Kures,_Voldemar, lk 28
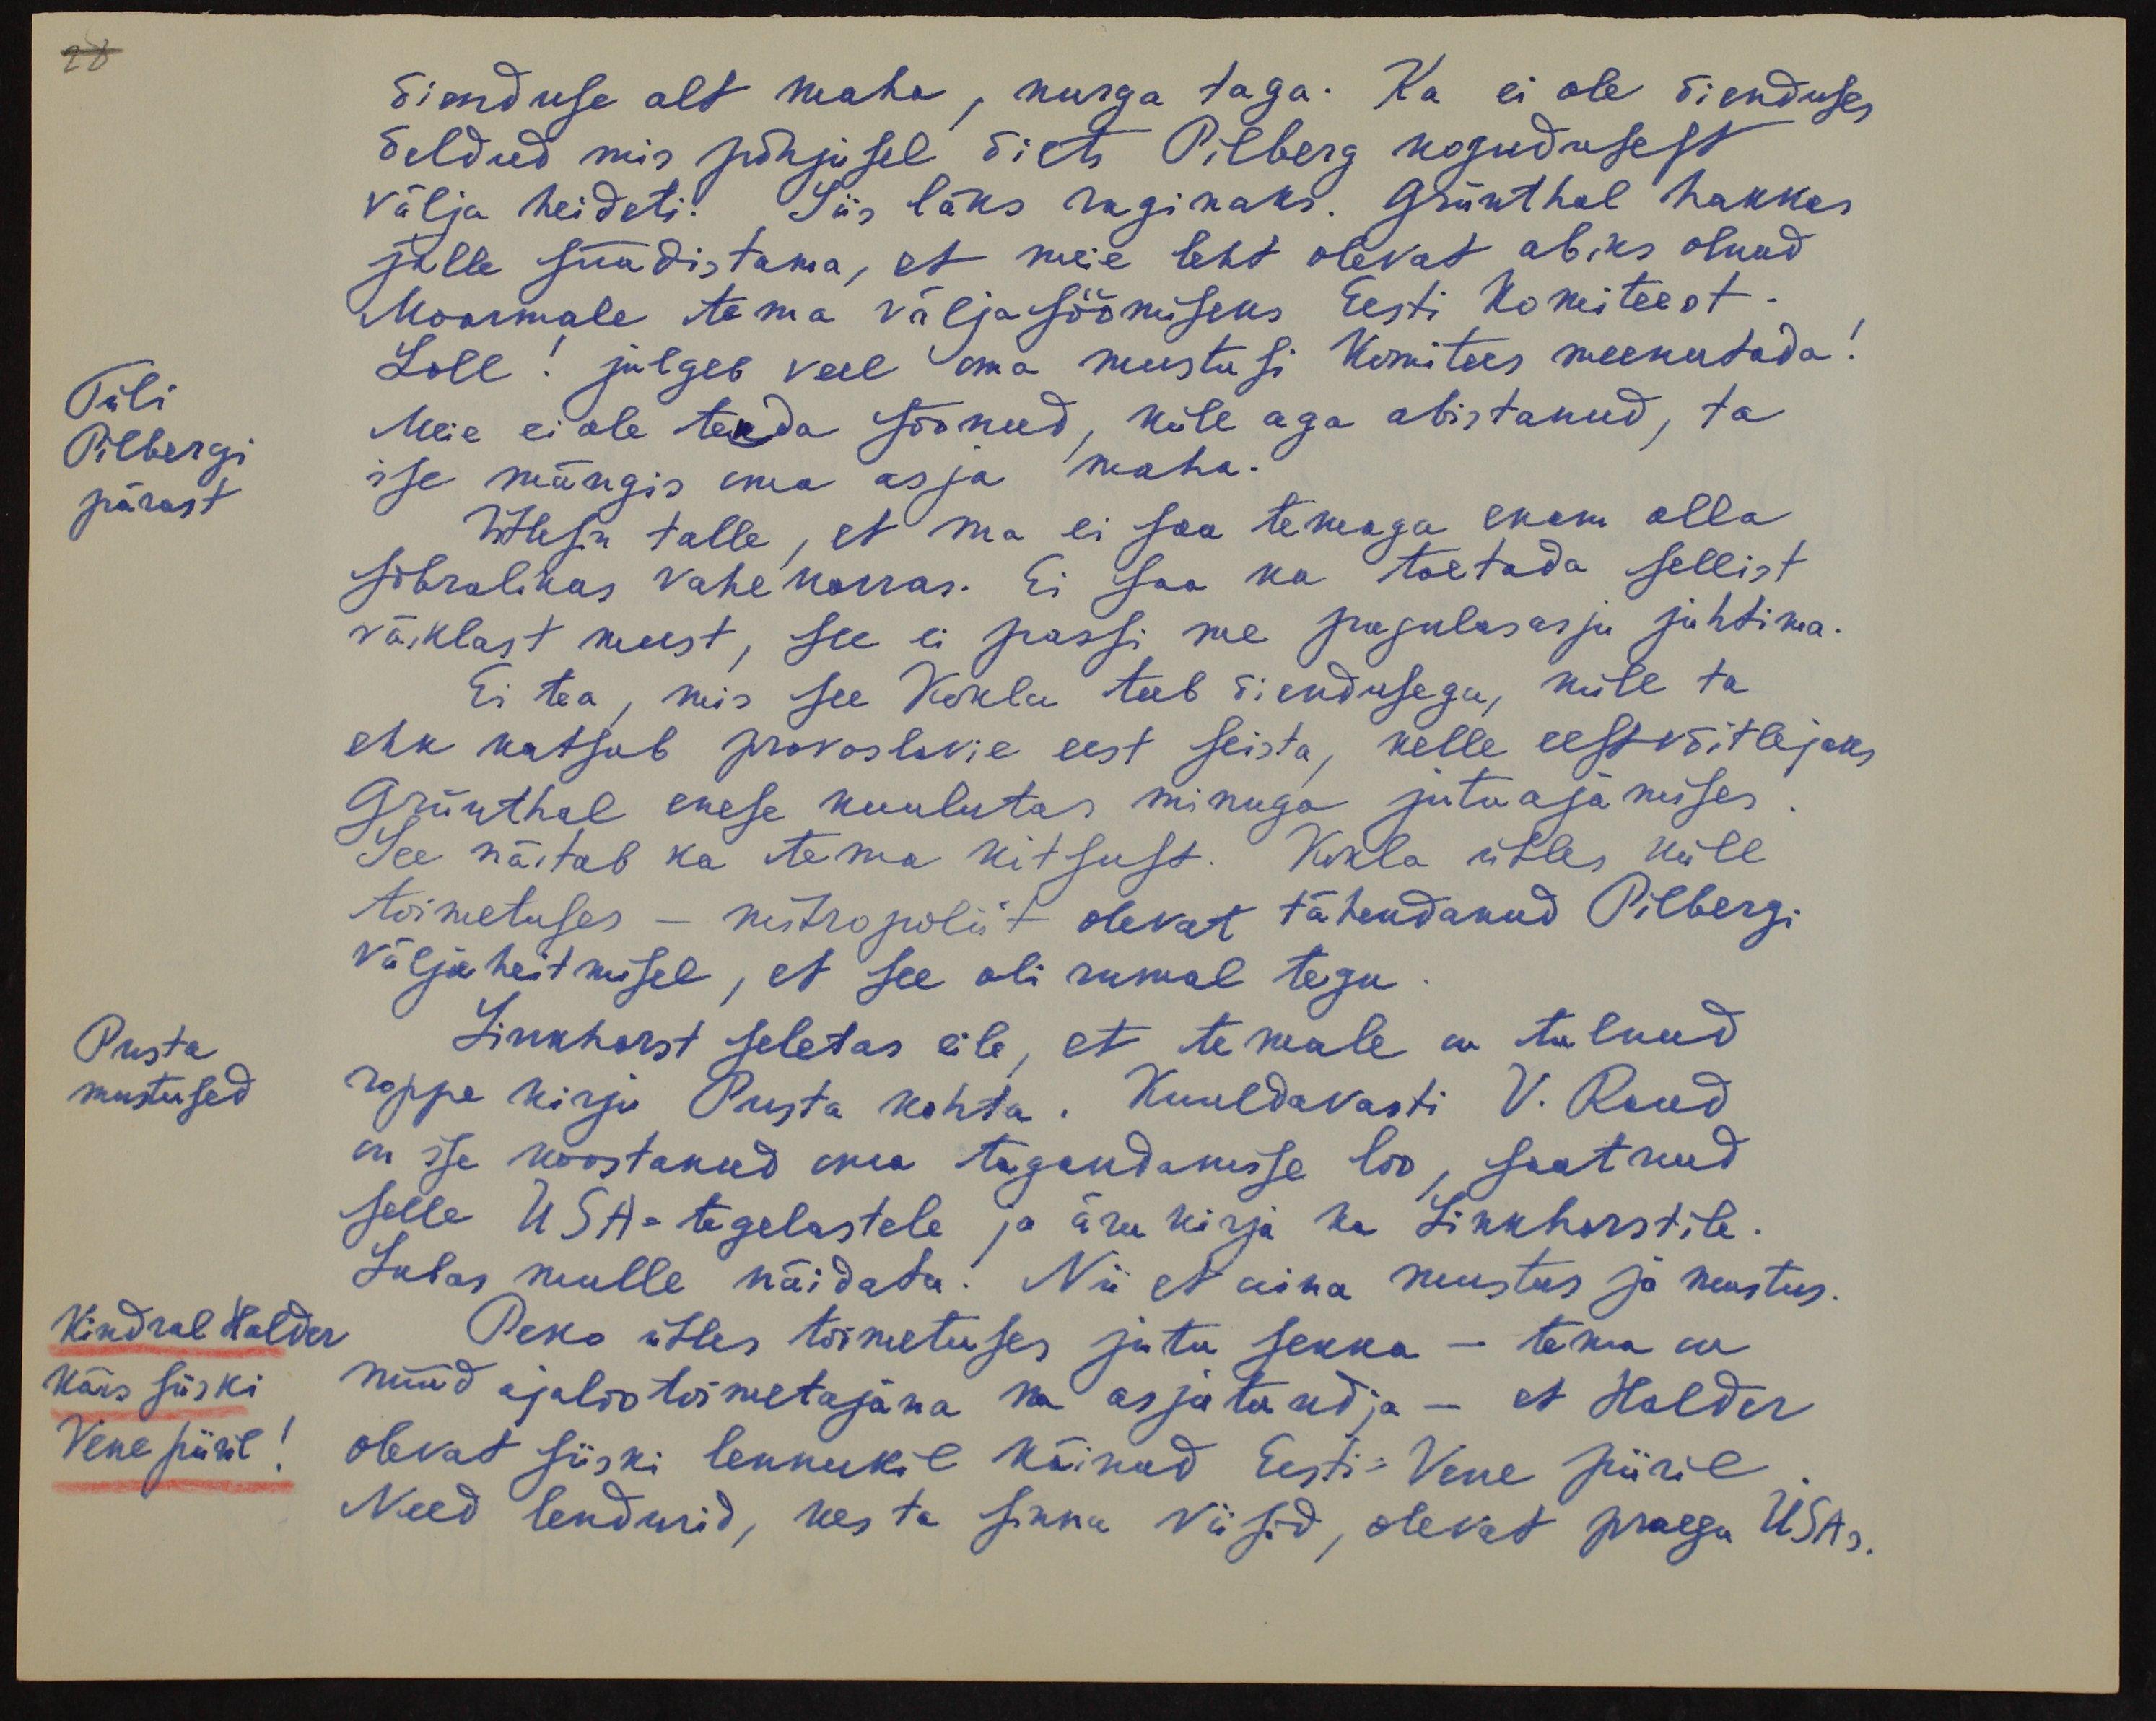
28
õienduse alt maha, nurga taga. Ka ei ole õienduses
öeldud mis põhjusel õieti Pilberg kogudusest
välja heideti. Siis läks raginaks. Grünthal hakkas
jälle süüdistama, et meie leht olevat abiks olnud
Moormale tema väljasöömiseks Eesti Komiteest.
Tüli
Pilbergi
pärast
Loll! julgeb veel oma mustusi Komitees meenutada!
Meie ei ole teda söönud, küll aga abistanud, ta
ise mängis oma asja maha.
Ütlesin talle, et ma ei saa temaga enam olla
sõbralikus vahekorras. Ei saa ka toetada sellist
väiklast meest, see ei passi me pagulasasju juhtima.
Ei tea, mis see Kokla teeb õiendusega, küll ta
ehk katsub pravoslavie eest seista, kelle eest võitlejaks
Grünthal enese kuulutas minuga jutuajamises
See näitab ka tema kitsust. Kokla ütles küll
toimetuses - mitropoliit olevat tähendanud Pilbergi
väljaheitmisel, et see oli rumal tegu.
Pusta
mustused
Linkhorst seletas eile, et temale on tulnud
roppe kirju Pusta kohta. Kuuldavasti V. Raud
on ise koostanud oma tagandamise loo, saatnud
selle USA-tegelastele ja ära kirja ka Linkhorstile.
Lubas mulle näidata. Nii et aina mustus ja mustus.
Kindral Halder
käis siiski
Vene piiril
Peko ütles toimetuses jutu sekka - tema on
nüüd ajaloo toimetajana ka asjatundja - et Halder
olevat siiski lennukil käinud Eesti-Vene piiril
Need lendurid, kes ta sinna viisid, olevat praegu USAs.